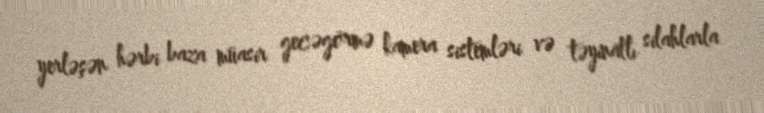
yerləşən hərbi baza müasir gecəgörmə kamera sistemləri və təyinatlı silahlarla